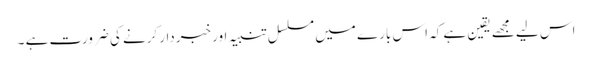
اس لیے مجھے یقین ہے کہ اس بارے میں مسلسل تنبیہ اور خبردار کرنے کی ضرورت ہے ۔